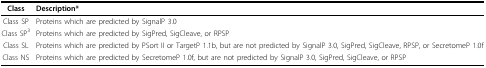
<table><thead><tr><td><b>Class</b></td><td><b>Description*</b></td></tr></thead><tbody><tr><td>Class SP</td><td>Proteins which are predicted by SignalP 3.0</td></tr><tr><td>Class SP<sup>3</sup></td><td>Proteins which are predicted by SigPred, SigCleave, or RPSP</td></tr><tr><td>Class SL</td><td>Proteins which are predicted by PSort II or TargetP 1.1b, but are not predicted by SignalP 3.0, SigPred, SigCleave, RPSP, or SecretomeP 1.0f</td></tr><tr><td>Class NS</td><td>Proteins which are predicted by SecretomeP 1.0f, but are not predicted by SignalP 3.0, SigPred, SigCleave, or RPSP</td></tr></tbody></table>